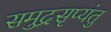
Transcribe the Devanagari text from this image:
समुद्रसृप्यंतु